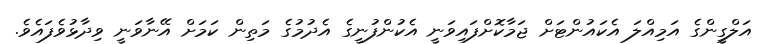
އަލްގީންގެ އަމިއްލަ އެކައުންޓަށް ޖަމާކޮށްފައިވަނީ އެކުންފުނީގެ އެދުމުގެ މަތިން ކަމަށް އޭނާވަނީ ވިދާޅުވެފައެވެ.